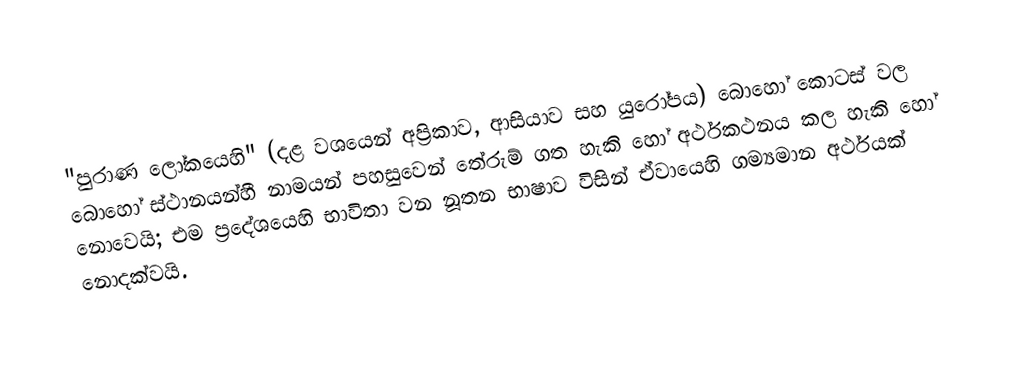
"පුරාණ ලෝකයෙහි" (දළ වශයෙන් අප්‍රිකාව, ආසියාව සහ යුරෝපය) බොහෝ කොටස් වල බොහෝ ස්ථානයන්හී නාමයන් පහසුවෙන්  තේරුම් ගත හැකි හෝ අර්ථකථනය කල හැකි හෝ නොවෙයි; එම ප්‍රදේශයෙහි භාවිතා වන නූතන භාෂාව විසින් ඒවායෙහි ගම්‍යමාන අර්ථයක් නොදක්වයි.